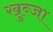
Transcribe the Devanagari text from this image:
खुब्जा